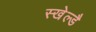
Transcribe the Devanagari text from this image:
स्खेल्डै